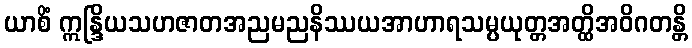
ယာစိံ ဣန္ဒြိယသဟဇာတအညမညနိဿယအာဟာရသမ္ပယုတ္တအတ္ထိအဝိဂတန္တိ